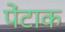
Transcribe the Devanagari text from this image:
पेंटाक